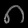
Digit: ၈